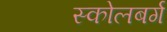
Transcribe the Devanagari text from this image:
स्कोलबर्ग